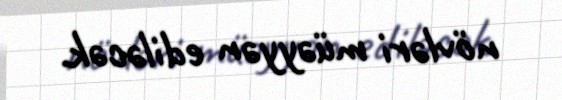
növləri müəyyən ediləcək.